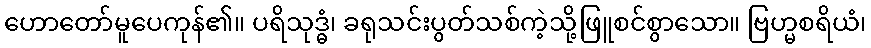
ဟောတော်မူပေကုန်၏။ ပရိသုဒ္ဓံ၊ ခရုသင်းပွတ်သစ်ကဲ့သို့ဖြူစင်စွာသော။ ဗြဟ္မစရိယံ၊